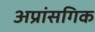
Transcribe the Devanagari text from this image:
अप्रांसगिक